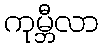
ကုမ္ဘီလာ